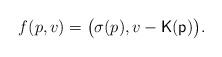
LaTeX: \begin{align*}f(p,v)=\big(\sigma(p),v-\sf K(p)\big).\end{align*}